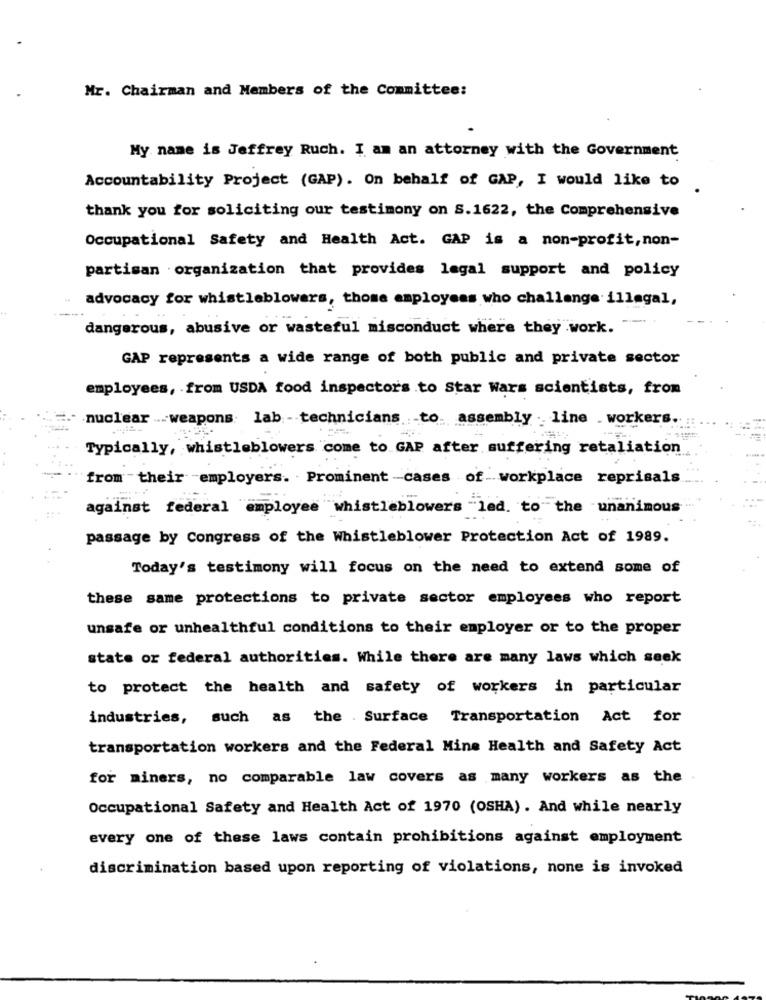
Mr. Chairman and Members of the Committee:
My name is Jeffrey Ruch. I am an attorney with the Government
Accountability Project (GAP). On behalf of GAP, I would like to
thank you for soliciting our testimony on S.1622, the Comprehensive
Occupational Safety and Health Act. GAP is a non-profit, non-
partisan organization that provides legal support and policy
advocacy for whistleblowers, those employees who challenge illegal,
dangerous, abusive or wasteful misconduct where they work.
GAP represents a wide range of both public and private sector
employees, from USDA food inspectors .to Star Wars scientists, from
nuclear ... weapons lab technicians to assembly line workers ..
Typically, whistleblowers come to GAP after suffering retaliation
from their employers. Prominent-cases of workplace reprisals
against federal employee whistleblowers led. to the unanimous
passage by Congress of the Whistleblower Protection Act of 1989.
Today's testimony will focus on the need to extend some of
these same protections to private sector employees who report
unsafe or unhealthful conditions to their employer or to the proper
state or federal authorities. While there are many laws which seek
to protect the health and safety of workers in particular
industries, such as the . Surface Transportation Act for
transportation workers and the Federal Mine Health and Safety Act
for miners, no comparable law covers as many workers as the .
Occupational Safety and Health Act of 1970 (OSHA). And while nearly
every one of these laws contain prohibitions against employment
discrimination based upon reporting of violations, none is invoked